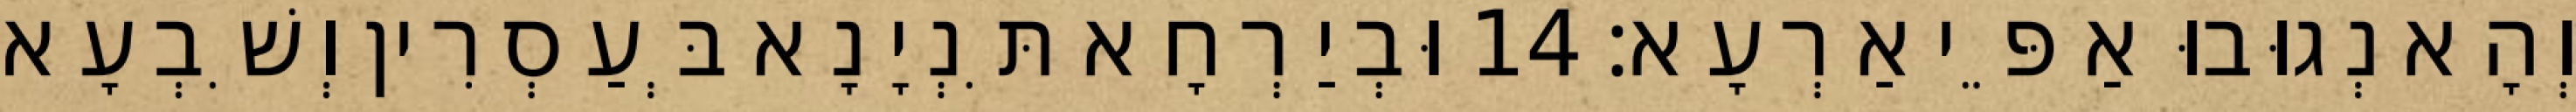
וְהָא נְגוּבוּ אַפֵּי אַרְעָא׃ 14 וּבְיַרְחָא תִּנְיָנָא בְּעַסְרִין וְשִׁבְעָא